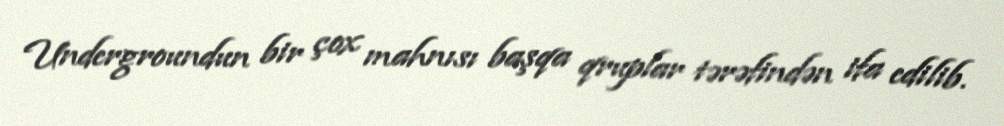
Undergroundun bir çox mahnısı başqa qruplar tərəfindən ifa edilib.